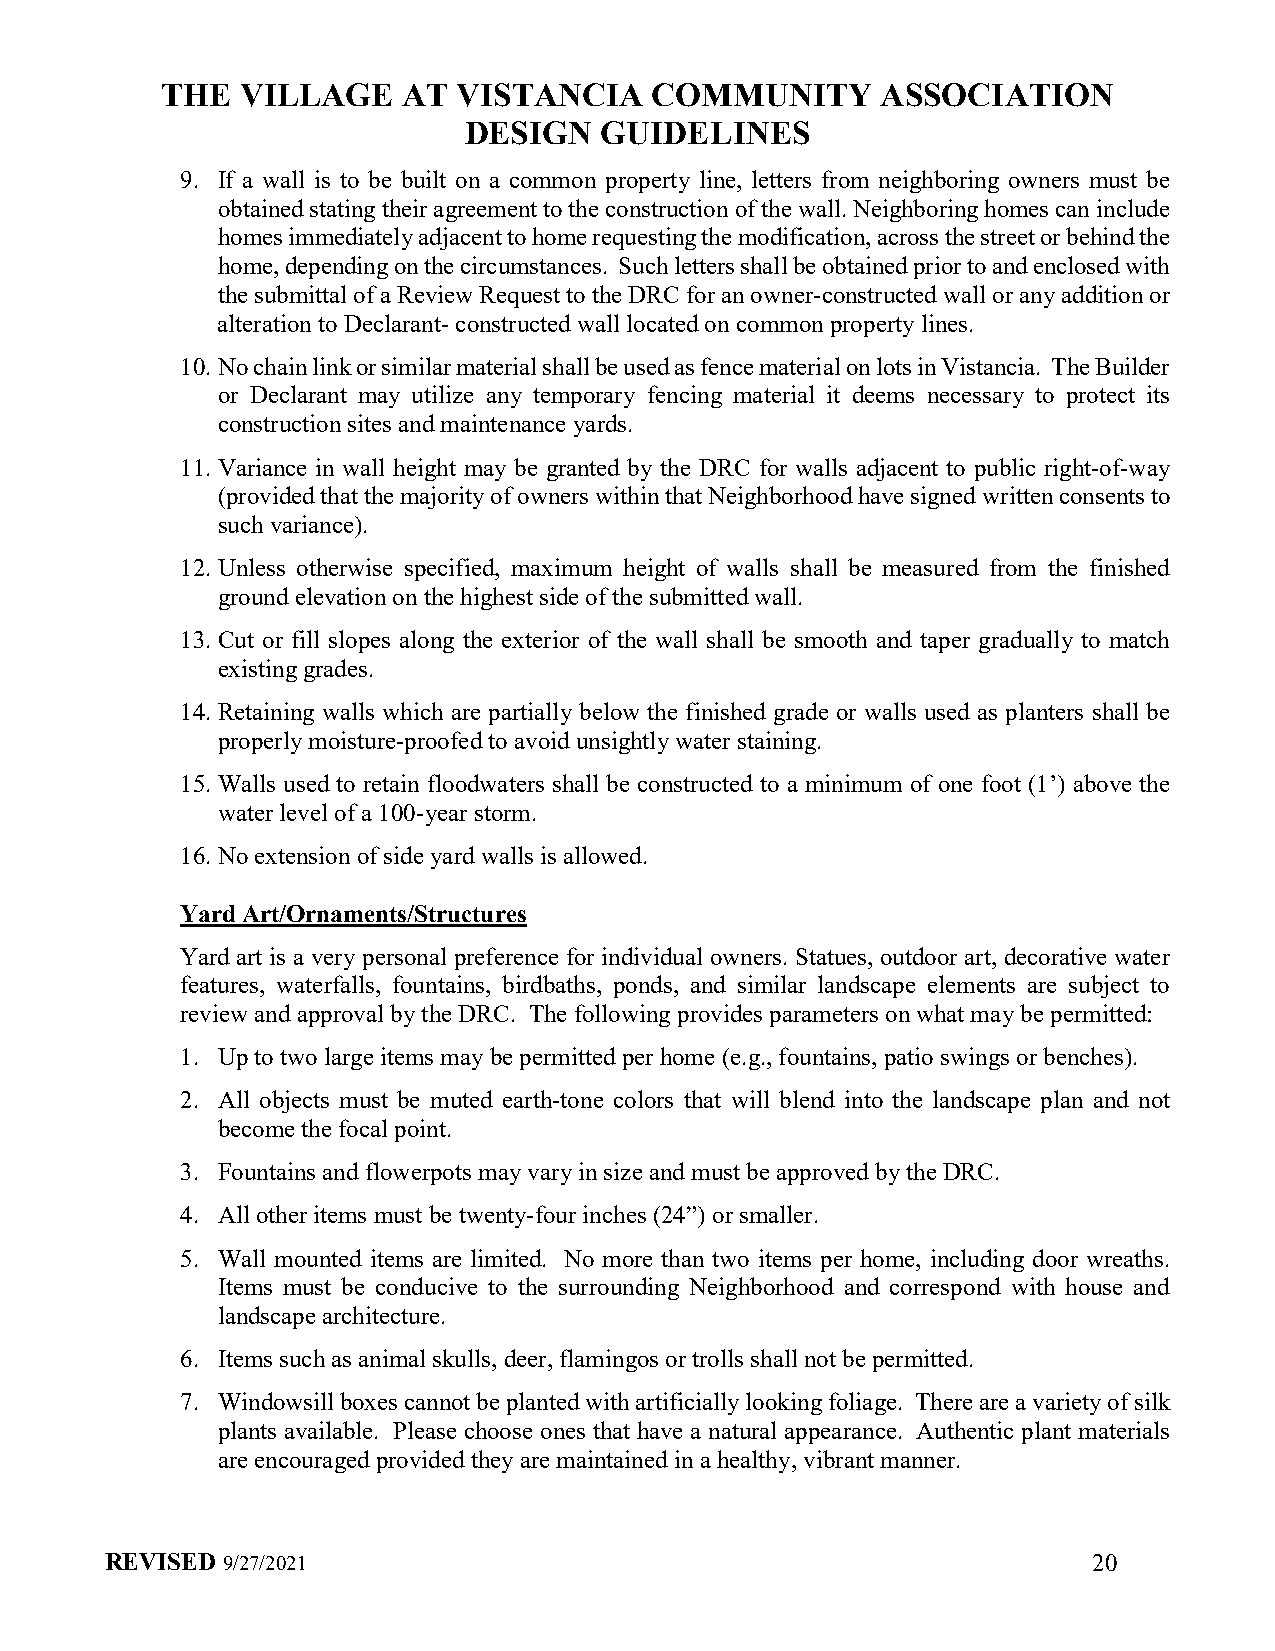
THE  VILLAGE    AT VISTANCIA    COMMUNITY      ASSOCIATION
 DESIGN   GUIDELINES
 9. If a wall is to be built on a common property line, letters from neighboring owners must be
 obtained stating their agreement to the construction of the wall. Neighboring homes can include
 homes immediately adjacent to home requesting the modification, across the street or behind the
 home, depending on the circumstances. Such letters shall be obtained prior to and enclosed with
 the submittal of a Review Request to the DRC for an owner-constructed wall or any addition or
 alteration to Declarant- constructed wall located on common property lines.
 10. No chain link or similar material shall be used as fence material on lots in Vistancia. The Builder
 or Declarant may utilize any temporary fencing material it deems necessary to protect its
 construction sites and maintenance yards.
 11. Variance in wall height may be granted by the DRC for walls adjacent to public right-of-way
 (provided that the majority of owners within that Neighborhood have signed written consents to
 such variance).
 12. Unless otherwise specified, maximum height of walls shall be measured from the finished
 ground elevation on the highest side of the submitted wall.
 13. Cut or fill slopes along the exterior of the wall shall be smooth and taper gradually to match
 existing grades.
 14. Retaining walls which are partially below the finished grade or walls used as planters shall be
 properly moisture-proofed to avoid unsightly water staining.
 15. Walls used to retain floodwaters shall be constructed to a minimum of one foot (1’) above the
 water level of a 100-year storm.
 16. No extension of side yard walls is allowed.
 Yard Art/Ornaments/Structures
 Yard art is a very personal preference for individual owners. Statues, outdoor art, decorative water
 features, waterfalls, fountains, birdbaths, ponds, and similar landscape elements are subject to
 review and approval by the DRC. The following provides parameters on what may be permitted:
 1. Up to two large items may be permitted per home (e.g., fountains, patio swings or benches).
 2. All objects must be muted earth-tone colors that will blend into the landscape plan and not
 become the focal point.
 3. Fountains and flowerpots may vary in size and must be approved by the DRC.
 4. All other items must be twenty-four inches (24”) or smaller.
 5. Wall mounted items are limited. No more than two items per home, including door wreaths.
 Items must be conducive to the surrounding Neighborhood and correspond with house and
 landscape architecture.
 6. Items such as animal skulls, deer, flamingos or trolls shall not be permitted.
 7. Windowsill boxes cannot be planted with artificially looking foliage. There are a variety of silk
 plants available. Please choose ones that have a natural appearance. Authentic plant materials
 are encouraged provided they are maintained in a healthy, vibrant manner.
 REVISED 9/27/2021                                                20